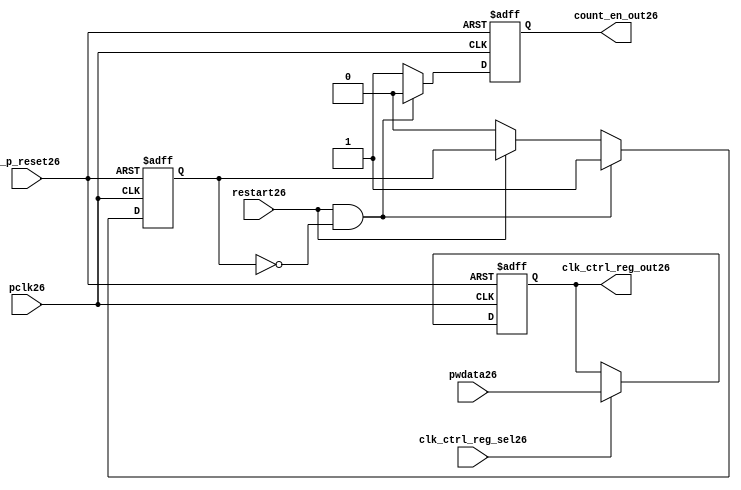
//File26 name   : ttc_count_rst_lite26.v
//Title26       : 
//Created26     : 1999
//Description26 : TTC26 counter reset block
//Notes26       : 
//----------------------------------------------------------------------
//   Copyright26 1999-2010 Cadence26 Design26 Systems26, Inc26.
//   All Rights26 Reserved26 Worldwide26
//
//   Licensed26 under the Apache26 License26, Version26 2.0 (the
//   "License26"); you may not use this file except26 in
//   compliance26 with the License26.  You may obtain26 a copy of
//   the License26 at
//
//       http26://www26.apache26.org26/licenses26/LICENSE26-2.0
//
//   Unless26 required26 by applicable26 law26 or agreed26 to in
//   writing, software26 distributed26 under the License26 is
//   distributed26 on an "AS26 IS26" BASIS26, WITHOUT26 WARRANTIES26 OR26
//   CONDITIONS26 OF26 ANY26 KIND26, either26 express26 or implied26.  See
//   the License26 for the specific26 language26 governing26
//   permissions26 and limitations26 under the License26.
//----------------------------------------------------------------------

module ttc_count_rst_lite26(

  //inputs26
  n_p_reset26,                             
  pclk26, 
  pwdata26,                                                           
  clk_ctrl_reg_sel26,
  restart26,        

  //outputs26
  count_en_out26,
  clk_ctrl_reg_out26

  );


//-----------------------------------------------------------------------------
// PORT DECLARATIONS26
//-----------------------------------------------------------------------------

   // inputs26
   input n_p_reset26;                 // Reset26 signal26
   input pclk26;                    // APB26 System26 clock26
   input [6:0] pwdata26;           // 7-Bit26 pwdata26 from APB26 interface
   input clk_ctrl_reg_sel26;        // Select26 for the clk_ctrl_reg26
   input restart26;                 // Restart26 reset from cntr_ctrl_reg26

   // outputs26
   output count_en_out26;
   output [6:0] clk_ctrl_reg_out26; // Controls26 clock26 selected


//-----------------------------------------------------------------------------
// Internal Signals26 & Registers26
//-----------------------------------------------------------------------------


   
   reg [6:0]    clk_ctrl_reg26;     //7-bit clock26 control26 register.
   
   reg          restart_var26;      //ensures26 prescaler26 reset at start of restart26 
   
   reg          count_en26;         //enable signal26 to counter

   
   wire [6:0]   clk_ctrl_reg_out26; //clock26 control26 output wire
   wire         count_en_out26;     //counter enable output
   
   
//-----------------------------------------------------------------------------
// Logic26 Section26:


//
//    p_clk_ctrl26: Process26 to implement the clk_ctrl_reg26.  
//                When26 select26 line is set then26 the data will be inserted26 to 
//                the clock26 control26 register, otherwise26 it will be equal26 to 
//                the previous value of the register, else it will be zero.
//-----------------------------------------------------------------------------

   assign clk_ctrl_reg_out26  = clk_ctrl_reg26;
   assign count_en_out26      = count_en26;


//    p_ps_counter26: counter for clock26 enable generation26.
   
   always @(posedge pclk26 or negedge n_p_reset26)
   begin: p_ps_counter26
      
      if (!n_p_reset26)
      begin
         restart_var26  <= 1'b0;
         count_en26     <= 1'b0;
      end
      else
      begin
         if (restart26 & ~restart_var26)
         begin
            restart_var26  <= 1'b1;
            count_en26     <= 1'b0;
         end 
         
         else 
           begin
              
              if (~restart26)
                 restart_var26 <= 1'b0;
              else
                 restart_var26 <= restart_var26;
                 
              count_en26     <= 1'b1;        
              
           end
      end // else: !if(!n_p_reset26)      
  
   end  //p_ps_counter26



// p_clk_ctrl26 : Process26 for writing to the clk_ctrl_reg26
   
   always @ (posedge pclk26 or negedge n_p_reset26)
   begin: p_clk_ctrl26
      
      if (!n_p_reset26)
         clk_ctrl_reg26 <= 7'h00;
      else
      begin 

         if (clk_ctrl_reg_sel26)
            clk_ctrl_reg26 <= pwdata26;
         else
            clk_ctrl_reg26 <= clk_ctrl_reg26;

      end 
      
   end  //p_clk_ctrl26

   
endmodule